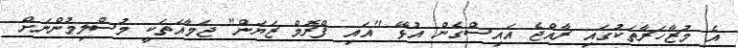
އެ މުޒާހަރާތަކުގައި ރާއްޖެ އައިސްގެން އުޅޭ "އައި ފްރޮމް ޒަޔަން" ޖަމާއަތަކީ މުސްލިމުންނަށް